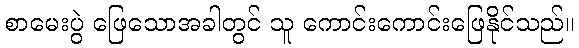
စာမေးပွဲ ဖြေသောအခါတွင် သူ ကောင်းကောင်းဖြေနိုင်သည်။